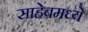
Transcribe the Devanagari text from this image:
साहेबमध्ये